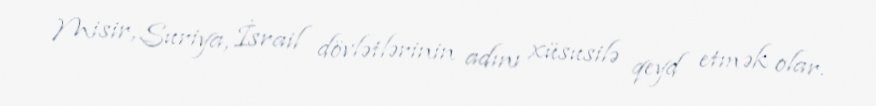
Misir, Suriya, İsrail dövlətlərinin adını xüsusilə qeyd etmək olar.